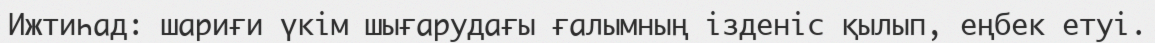
Ижтиһад: шариғи үкім шығарудағы ғалымның ізденіс қылып, еңбек етуі.